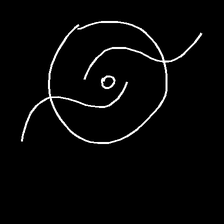
Glyph: repetition